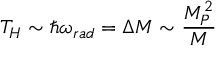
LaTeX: T _ { H } \sim \hbar \omega _ { r a d } = \Delta M \sim \frac { M _ { P } ^ { 2 } } { M }